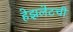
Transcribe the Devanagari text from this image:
हेझलेटची